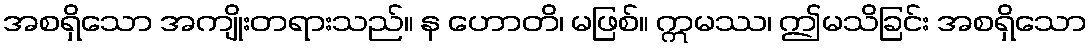
အစရှိသော အကျိုးတရားသည်။ န ဟောတိ၊ မဖြစ်။ ဣမဿ၊ ဤမသိခြင်း အစရှိသော